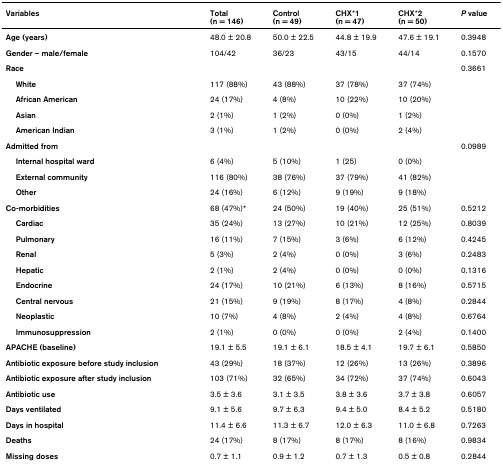
<table><thead><tr><td><b>Variables</b></td><td><b>Total(n = 146)</b></td><td><b>Control(n = 49)</b></td><td><b>CHX*1(n = 47)</b></td><td><b>CHX*2(n = 50)</b></td><td><b><i>P </i>value</b></td></tr></thead><tbody><tr><td><b>Age (years)</b></td><td>48.0 ± 20.8</td><td>50.0 ± 22.5</td><td>44.8 ± 19.9</td><td>47.6 ± 19.1</td><td>0.3948</td></tr><tr><td><b>Gender – male/female</b></td><td>104/42</td><td>36/23</td><td>43/15</td><td>44/14</td><td>0.1570</td></tr><tr><td><b>Race</b></td><td></td><td></td><td></td><td></td><td>0.3661</td></tr><tr><td> <b>White</b></td><td>117 (88%)</td><td>43 (88%)</td><td>37 (78%)</td><td>37 (74%)</td><td></td></tr><tr><td> <b>African American</b></td><td>24 (17%)</td><td>4 (8%)</td><td>10 (22%)</td><td>10 (20%)</td><td></td></tr><tr><td> <b>Asian</b></td><td>2 (1%)</td><td>1 (2%)</td><td>0 (0%)</td><td>1 (2%)</td><td></td></tr><tr><td> <b>American Indian</b></td><td>3 (1%)</td><td>1 (2%)</td><td>0 (0%)</td><td>2 (4%)</td><td></td></tr><tr><td><b>Admitted from</b></td><td></td><td></td><td></td><td></td><td>0.0989</td></tr><tr><td> <b>Internal hospital ward</b></td><td>6 (4%)</td><td>5 (10%)</td><td>1 (25)</td><td>0 (0%)</td><td></td></tr><tr><td> <b>External community</b></td><td>116 (80%)</td><td>38 (76%)</td><td>37 (79%)</td><td>41 (82%)</td><td></td></tr><tr><td> <b>Other</b></td><td>24 (16%)</td><td>6 (12%)</td><td>9 (19%)</td><td>9 (18%)</td><td></td></tr><tr><td><b>Co-morbidities</b></td><td>68 (47%)*</td><td>24 (50%)</td><td>19 (40%)</td><td>25 (51%)</td><td>0.5212</td></tr><tr><td> <b>Cardiac</b></td><td>35 (24%)</td><td>13 (27%)</td><td>10 (21%)</td><td>12 (25%)</td><td>0.8039</td></tr><tr><td> <b>Pulmonary</b></td><td>16 (11%)</td><td>7 (15%)</td><td>3 (6%)</td><td>6 (12%)</td><td>0.4245</td></tr><tr><td> <b>Renal</b></td><td>5 (3%)</td><td>2 (4%)</td><td>0 (0%)</td><td>3 (6%)</td><td>0.2483</td></tr><tr><td> <b>Hepatic</b></td><td>2 (1%)</td><td>2 (4%)</td><td>0 (0%)</td><td>0 (0%)</td><td>0.1316</td></tr><tr><td> <b>Endocrine</b></td><td>24 (17%)</td><td>10 (21%)</td><td>6 (13%)</td><td>8 (16%)</td><td>0.5715</td></tr><tr><td> <b>Central nervous</b></td><td>21 (15%)</td><td>9 (19%)</td><td>8 (17%)</td><td>4 (8%)</td><td>0.2844</td></tr><tr><td> <b>Neoplastic</b></td><td>10 (7%)</td><td>4 (8%)</td><td>2 (4%)</td><td>4 (8%)</td><td>0.6764</td></tr><tr><td> <b>Immunosuppression</b></td><td>2 (1%)</td><td>0 (0%)</td><td>0 (0%)</td><td>2 (4%)</td><td>0.1400</td></tr><tr><td><b>APACHE (baseline)</b></td><td>19.1 ± 5.5</td><td>19.1 ± 6.1</td><td>18.5 ± 4.1</td><td>19.7 ± 6.1</td><td>0.5850</td></tr><tr><td><b>Antibiotic exposure before study inclusion</b></td><td>43 (29%)</td><td>18 (37%)</td><td>12 (26%)</td><td>13 (26%)</td><td>0.3896</td></tr><tr><td><b>Antibiotic exposure after study inclusion</b></td><td>103 (71%)</td><td>32 (65%)</td><td>34 (72%)</td><td>37 (74%)</td><td>0.6043</td></tr><tr><td><b>Antibiotic use</b></td><td>3.5 ± 3.6</td><td>3.1 ± 3.5</td><td>3.8 ± 3.6</td><td>3.7 ± 3.8</td><td>0.6057</td></tr><tr><td><b>Days ventilated</b></td><td>9.1 ± 5.6</td><td>9.7 ± 6.3</td><td>9.4 ± 5.0</td><td>8.4 ± 5.2</td><td>0.5180</td></tr><tr><td><b>Days in hospital</b></td><td>11.4 ± 6.6</td><td>11.3 ± 6.7</td><td>12.0 ± 6.3</td><td>11.0 ± 6.8</td><td>0.7263</td></tr><tr><td><b>Deaths</b></td><td>24 (17%)</td><td>8 (17%)</td><td>8 (17%)</td><td>8 (16%)</td><td>0.9834</td></tr><tr><td><b>Missing doses</b></td><td>0.7 ± 1.1</td><td>0.9 ± 1.2</td><td>0.7 ± 1.3</td><td>0.5 ± 0.8</td><td>0.2844</td></tr></tbody></table>